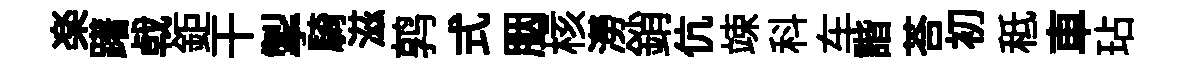
楽躇㦸鉅干掣騎滋鹑式胭核澇銷伉竦科车諧荅初秪車玷